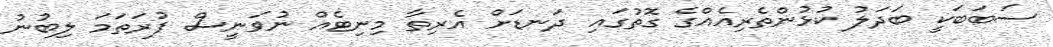
ސަބަބަކީ ބަދަލު ކުޅުންތެރިއެއްގެ ގޮތުގައި ދަނޑަށް އެރިތާ މިނިޓެއް ނުވަނީސް ފުރަތަމަ ލިބުނު